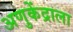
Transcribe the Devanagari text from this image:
अणुकेंद्राला